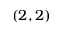
( 2 , 2 )